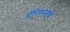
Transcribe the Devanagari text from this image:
हॅरिसनाचे